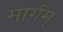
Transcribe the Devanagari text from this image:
मार्गम्